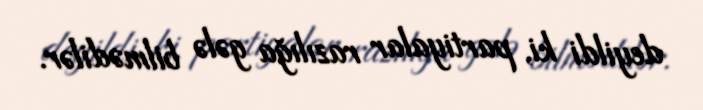
deyildi ki, partiyalar razılığa gələ bilmədilər.